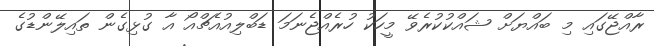
ރާއްޖޭގައި މި ބައްޔަށް ޝައްކުކުރެވޭ މީހަކު ހުރެއްޖެނަމަ ޑަބްލިއުއެޗްއޯ އާ ގުޅިގެން ތައިލޭންޑުގެ